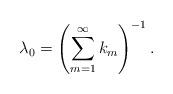
LaTeX: \begin{align*} \lambda_0 = \left( \sum_{m = 1}^{\infty} k_m \right)^{- 1} .\end{align*}